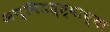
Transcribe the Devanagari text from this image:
अग्नितत्त्वाच्या